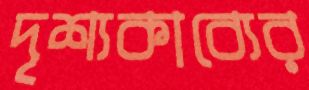
দৃশ্যকাব্যের